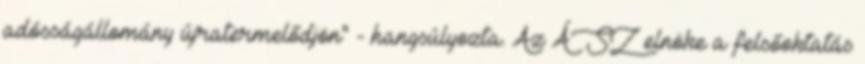
adósságállomány újratermelődjön" - hangsúlyozta. Az ÁSZ elnöke a felsőoktatás